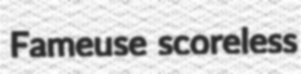
Fameuse scoreless